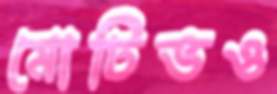
মোটিভও